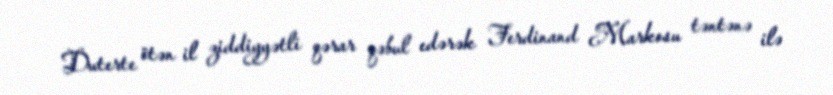
Duterte ötən il ziddiyyətli qərar qəbul edərək Ferdinand Markosu təntənə ilə